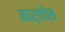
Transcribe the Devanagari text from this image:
कार्तोस